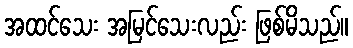
အထင်သေး အမြင်သေးလည်း ဖြစ်မိသည်။